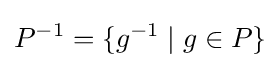
P^{-1}=\{g^{-1}\mid g\in P\}